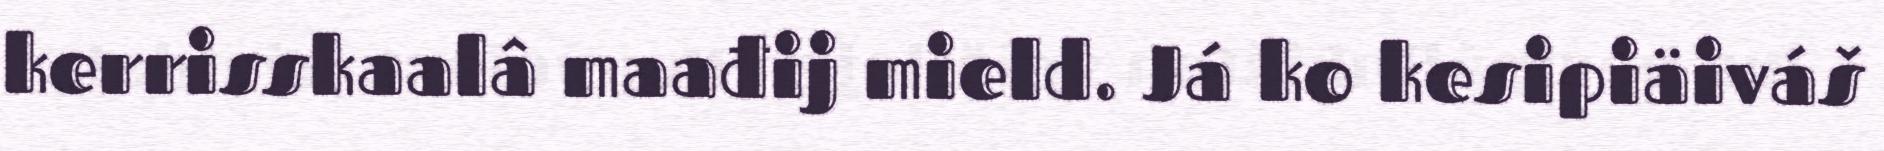
kerrisskaalâ maađij mield. Já ko kesipiäiváš